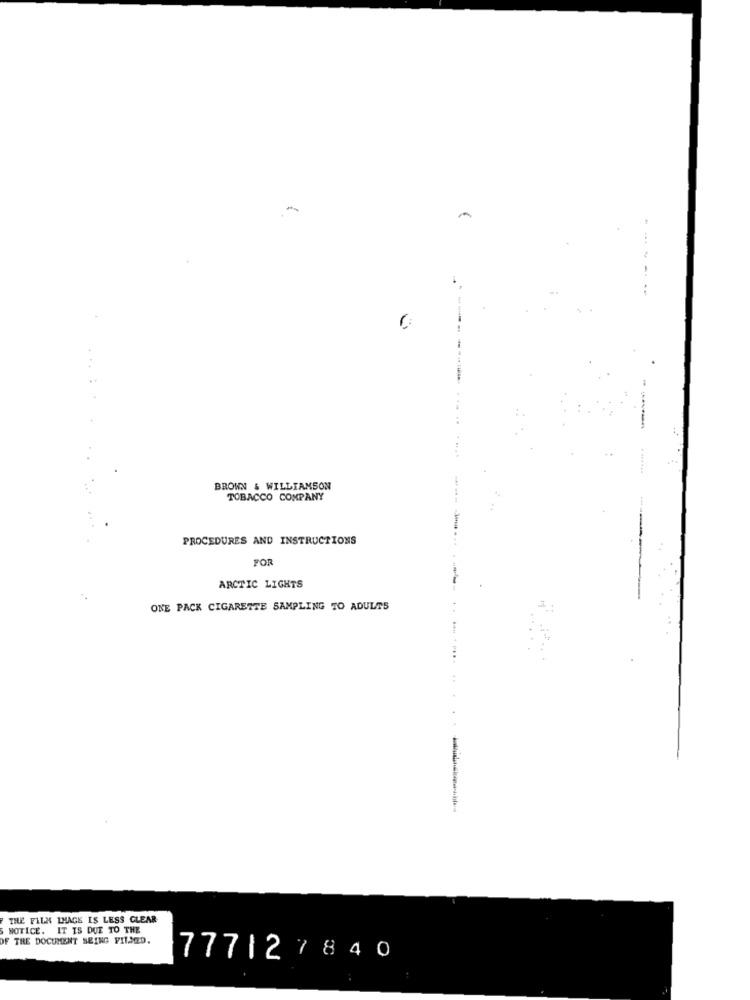
------
BROWN & WILLIAMSON
TOBACCO COMPANY
.. .
PROCEDURES AND INSTRUCTIONS
FOR
ARCTIC LIGHTS
ONE PACK CIGARETTE SAMPLING TO ADULTS
THE FILM LMAGE IS LESS CLEAR
NOTICE. IT IS DUE TO THE
OF THE DOCUMENT SEING FILSED.
777127840